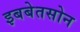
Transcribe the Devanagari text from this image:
इबबेतसोन